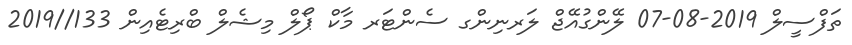
ތަފްސީލް 2019-08-07 ލޭންގުއޭޖް ލަރނިންގ ސެންޓަރ މާކް ޕޯލް މިޝެލް ބްރިޓެއިން 133//2019